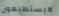
لايستطيعون